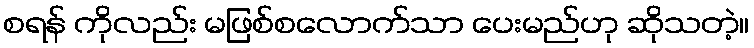
စရန် ကိုလည်း မဖြစ်စလောက်သာ ပေးမည်ဟု ဆိုသတဲ့။